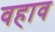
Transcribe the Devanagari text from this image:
वहाव